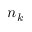
n _ { k }